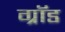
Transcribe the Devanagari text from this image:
ग्रॉड